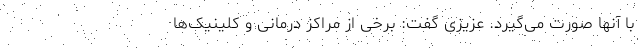
با آنها صورت می‌گیرد. عزیزی گفت: برخی از مراکز درمانی و کلینیک‌ها